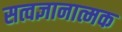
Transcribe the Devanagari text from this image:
सत्वज्ञानात्मक